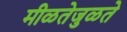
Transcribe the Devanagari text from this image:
मीळतेजुळते